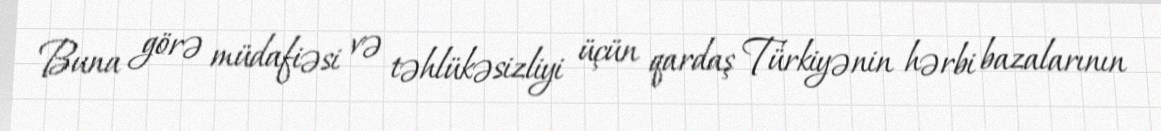
Buna görə müdafiəsi və təhlükəsizliyi üçün qardaş Türkiyənin hərbi bazalarının